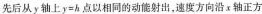
先后从 y 轴上 $$ $$y = b$$ $$ 点以相同的动能射出，速度方向沿 x 轴正方